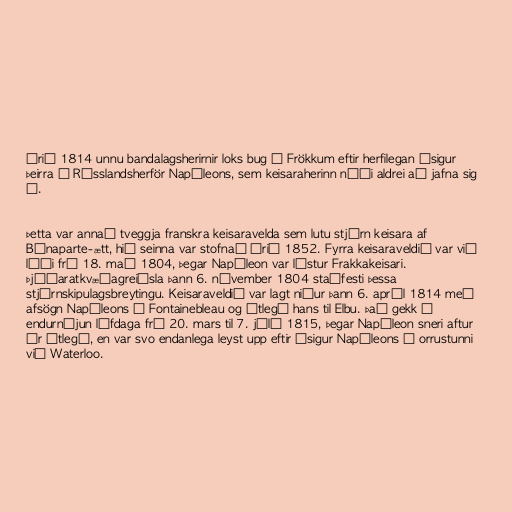
Árið 1814 unnu bandalagsherirnir loks bug á Frökkum eftir herfilegan ósigur
þeirra í Rússlandsherför Napóleons, sem keisaraherinn náði aldrei að jafna sig
á.

Þetta var annað tveggja franskra keisaravelda sem lutu stjórn keisara af
Bónaparte-ætt, hið seinna var stofnað árið 1852. Fyrra keisaraveldið var við
lýði frá 18. maí 1804, þegar Napóleon var lýstur Frakkakeisari.
Þjóðaratkvæðagreiðsla þann 6. nóvember 1804 staðfesti þessa
stjórnskipulagsbreytingu. Keisaraveldið var lagt niður þann 6. apríl 1814 með
afsögn Napóleons í Fontainebleau og útlegð hans til Elbu. Það gekk í
endurnýjun lífdaga frá 20. mars til 7. júlí 1815, þegar Napóleon sneri aftur
úr útlegð, en var svo endanlega leyst upp eftir ósigur Napóleons í orrustunni
við Waterloo.